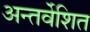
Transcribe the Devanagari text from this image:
अन्तर्वेशित